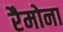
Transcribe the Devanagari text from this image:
रैमोना